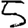
Digit: 5